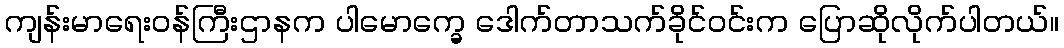
ကျန်းမာရေးဝန်ကြီးဌာနက ပါမောက္ခေ ဒေါက်တာသက်ခိုင်ဝင်းက ပြောဆိုလိုက်ပါတယ်။